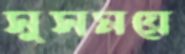
সুসময়ে